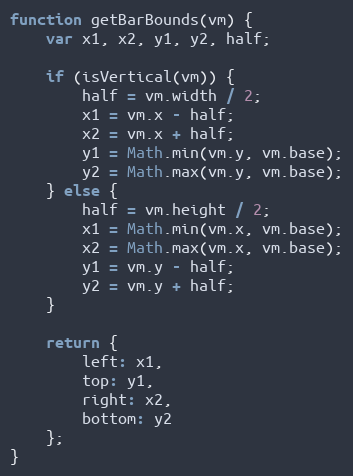
Language: JavaScript
function getBarBounds(vm) {
	var x1, x2, y1, y2, half;

	if (isVertical(vm)) {
		half = vm.width / 2;
		x1 = vm.x - half;
		x2 = vm.x + half;
		y1 = Math.min(vm.y, vm.base);
		y2 = Math.max(vm.y, vm.base);
	} else {
		half = vm.height / 2;
		x1 = Math.min(vm.x, vm.base);
		x2 = Math.max(vm.x, vm.base);
		y1 = vm.y - half;
		y2 = vm.y + half;
	}

	return {
		left: x1,
		top: y1,
		right: x2,
		bottom: y2
	};
}